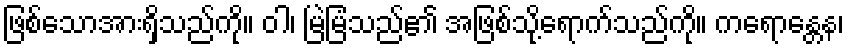
ဖြစ်သောအားရှိသည်ကို။ ဝါ၊ မြဲမြံသည်၏ အဖြစ်သို့ရောက်သည်ကို။ ကရောန္တေန၊